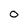
Character: 0